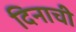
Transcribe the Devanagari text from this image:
दिनाची